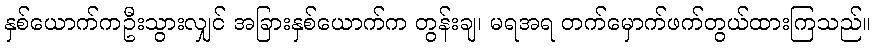
နှစ်ယောက်ကဦးသွားလျှင် အခြားနှစ်ယောက်က တွန်းချ၊ မရအရ တက်မှောက်ဖက်တွယ်ထားကြသည်။